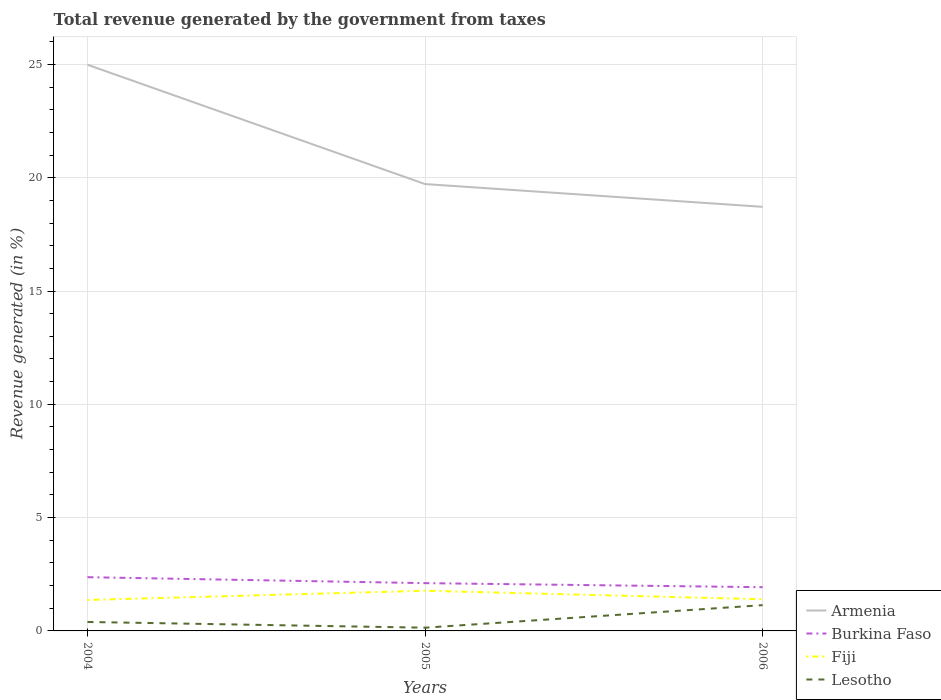
| Years | Armenia | Burkina Faso | Fiji | Lesotho |
 | --- | --- | --- | --- | --- |
 | 2004 | 25 | 2.37 | 1.37 | 0.395 |
 | 2005 | 19.7 | 2.11 | 1.77 | 0.143 |
 | 2006 | 18.7 | 1.93 | 1.4 | 1.14 |